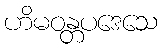
ဟိမဝန္တပဒေသေ